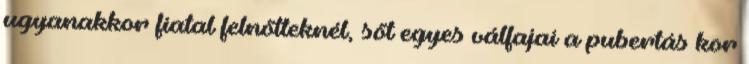
ugyanakkor fiatal felnőtteknél, sőt egyes válfajai a pubertás kor